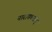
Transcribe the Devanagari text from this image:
नारायणराव्